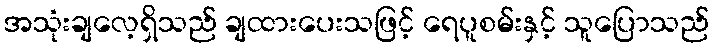
အသုံးချလေ့ရှိသည် ချထားပေးသဖြင့် ရေပူစမ်းနှင့် သူပြောသည်